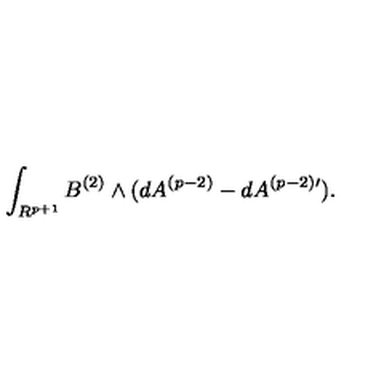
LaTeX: \int _ { R ^ { p + 1 } } B ^ { ( 2 ) } \wedge ( d A ^ { ( p - 2 ) } - d A ^ { ( p - 2 ) \prime } ) .